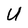
Character: U